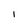
Character: I